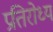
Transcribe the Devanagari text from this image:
प्रतिरोध्य